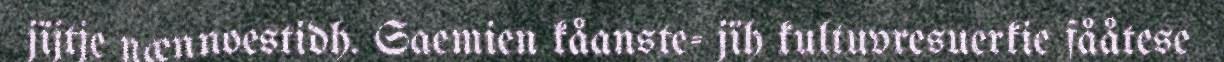
jïjtje nænnoestidh. Saemien kåanste- jïh kultuvresuerkie fååtese